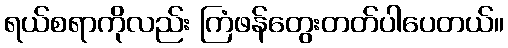
ရယ်စရာကိုလည်း ကြံဖန်တွေးတတ်ပါပေတယ်။